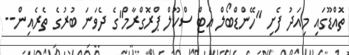
ތޮއްޑޫގައި މިއަދު ފެށި "ހޭންޑްބޯލް އެޓް ސްކޫލް ޕްރޮގްރާމް"ގެ ދެވަނަ ބުރުގެ ތެރެއިން--